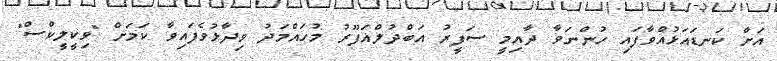
އަށް ކަނޑައަޅުއްވާފައި ހުންނަވާ ދާއިމީ ސަފީރު އަބްދުލްޣަފޫރު މުހައްމަދު ވިދާޅުވެފައިވާ ކަމަށް "ވިކީލީކްސް"